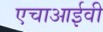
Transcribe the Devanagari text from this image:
एचाआईवी